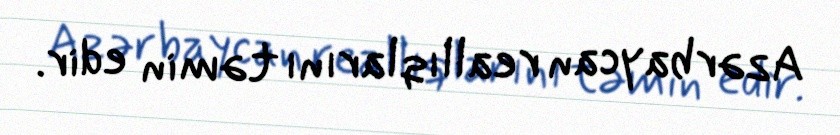
Azərbaycan reallıqlarını təmin edir.